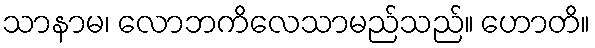
သာနာမ၊ လောဘကိလေသာမည်သည်။ ဟောတိ။